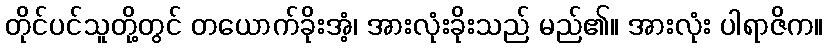
တိုင်ပင်သူတို့တွင် တယောက်ခိုးအံ့၊ အားလုံးခိုးသည် မည်၏။ အားလုံး ပါရာဇိက။